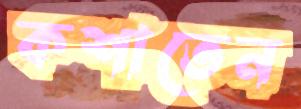
কশাতেন